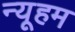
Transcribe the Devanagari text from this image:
न्यूहम